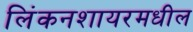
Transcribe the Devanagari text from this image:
लिंकनशायरमधील